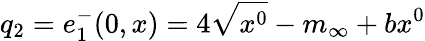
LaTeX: q_{2}=e_{1}^{-}(0,x)=4\sqrt{x^{0}}-m_{\infty}+bx^{0}